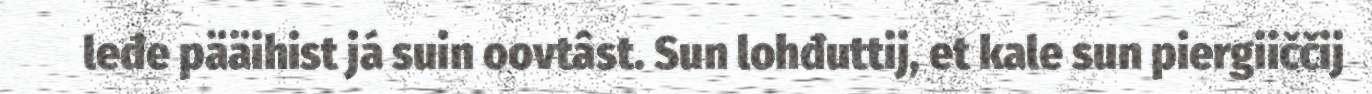
leđe pääihist já suin oovtâst. Sun lohđuttij, et kale sun piergiiččij